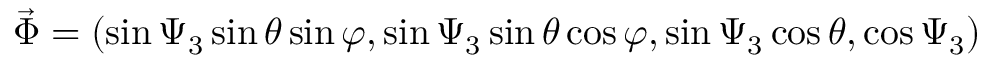
{ \vec { \Phi } } = ( \sin \Psi _ { 3 } \sin \theta \sin \varphi , \sin \Psi _ { 3 } \sin \theta \cos \varphi , \sin \Psi _ { 3 } \cos \theta , \cos \Psi _ { 3 } )